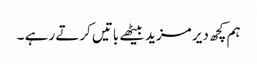
ہم کچھ دیر مزید بیٹھے باتیں کرتے رہے ۔